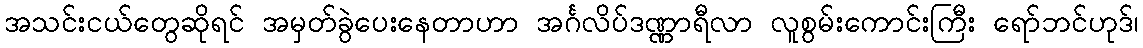
အသင်းငယ်တွေဆိုရင် အမှတ်ခွဲပေးနေတာဟာ အင်္ဂလိပ်ဒဏ္ဏာရီလာ လူစွမ်းကောင်းကြီး ရော်ဘင်ဟုဒ်၊